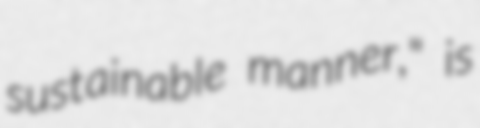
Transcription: sustainable manner," is